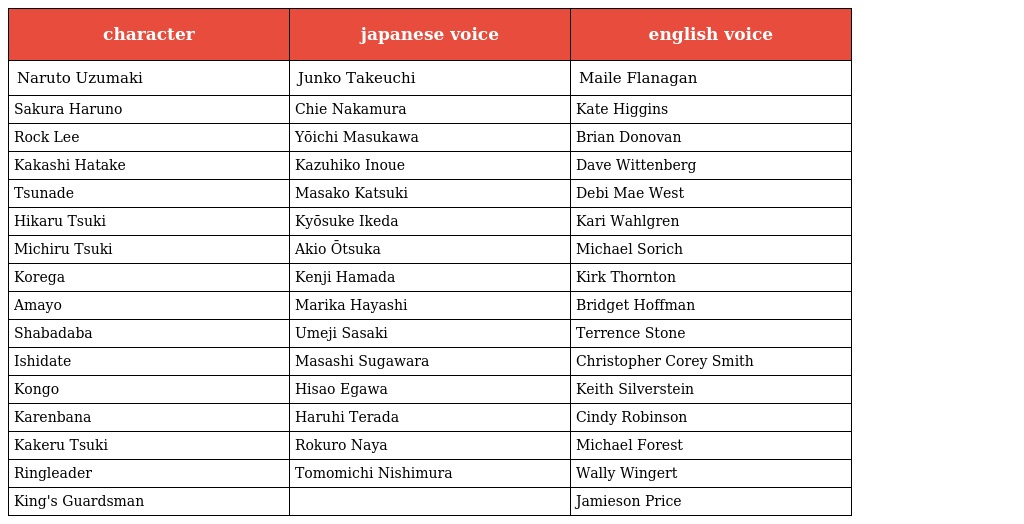
| character | japanese voice | english voice |
 | --- | --- | --- |
 | Naruto Uzumaki | Junko Takeuchi | Maile Flanagan |
 | Sakura Haruno | Chie Nakamura | Kate Higgins |
 | Rock Lee | Yōichi Masukawa | Brian Donovan |
 | Kakashi Hatake | Kazuhiko Inoue | Dave Wittenberg |
 | Tsunade | Masako Katsuki | Debi Mae West |
 | Hikaru Tsuki | Kyōsuke Ikeda | Kari Wahlgren |
 | Michiru Tsuki | Akio Ōtsuka | Michael Sorich |
 | Korega | Kenji Hamada | Kirk Thornton |
 | Amayo | Marika Hayashi | Bridget Hoffman |
 | Shabadaba | Umeji Sasaki | Terrence Stone |
 | Ishidate | Masashi Sugawara | Christopher Corey Smith |
 | Kongo | Hisao Egawa | Keith Silverstein |
 | Karenbana | Haruhi Terada | Cindy Robinson |
 | Kakeru Tsuki | Rokuro Naya | Michael Forest |
 | Ringleader | Tomomichi Nishimura | Wally Wingert |
 | King's Guardsman |  | Jamieson Price |